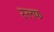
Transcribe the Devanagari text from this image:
स्लफ